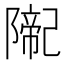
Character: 𨼨